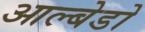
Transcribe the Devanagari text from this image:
आल्बेडो